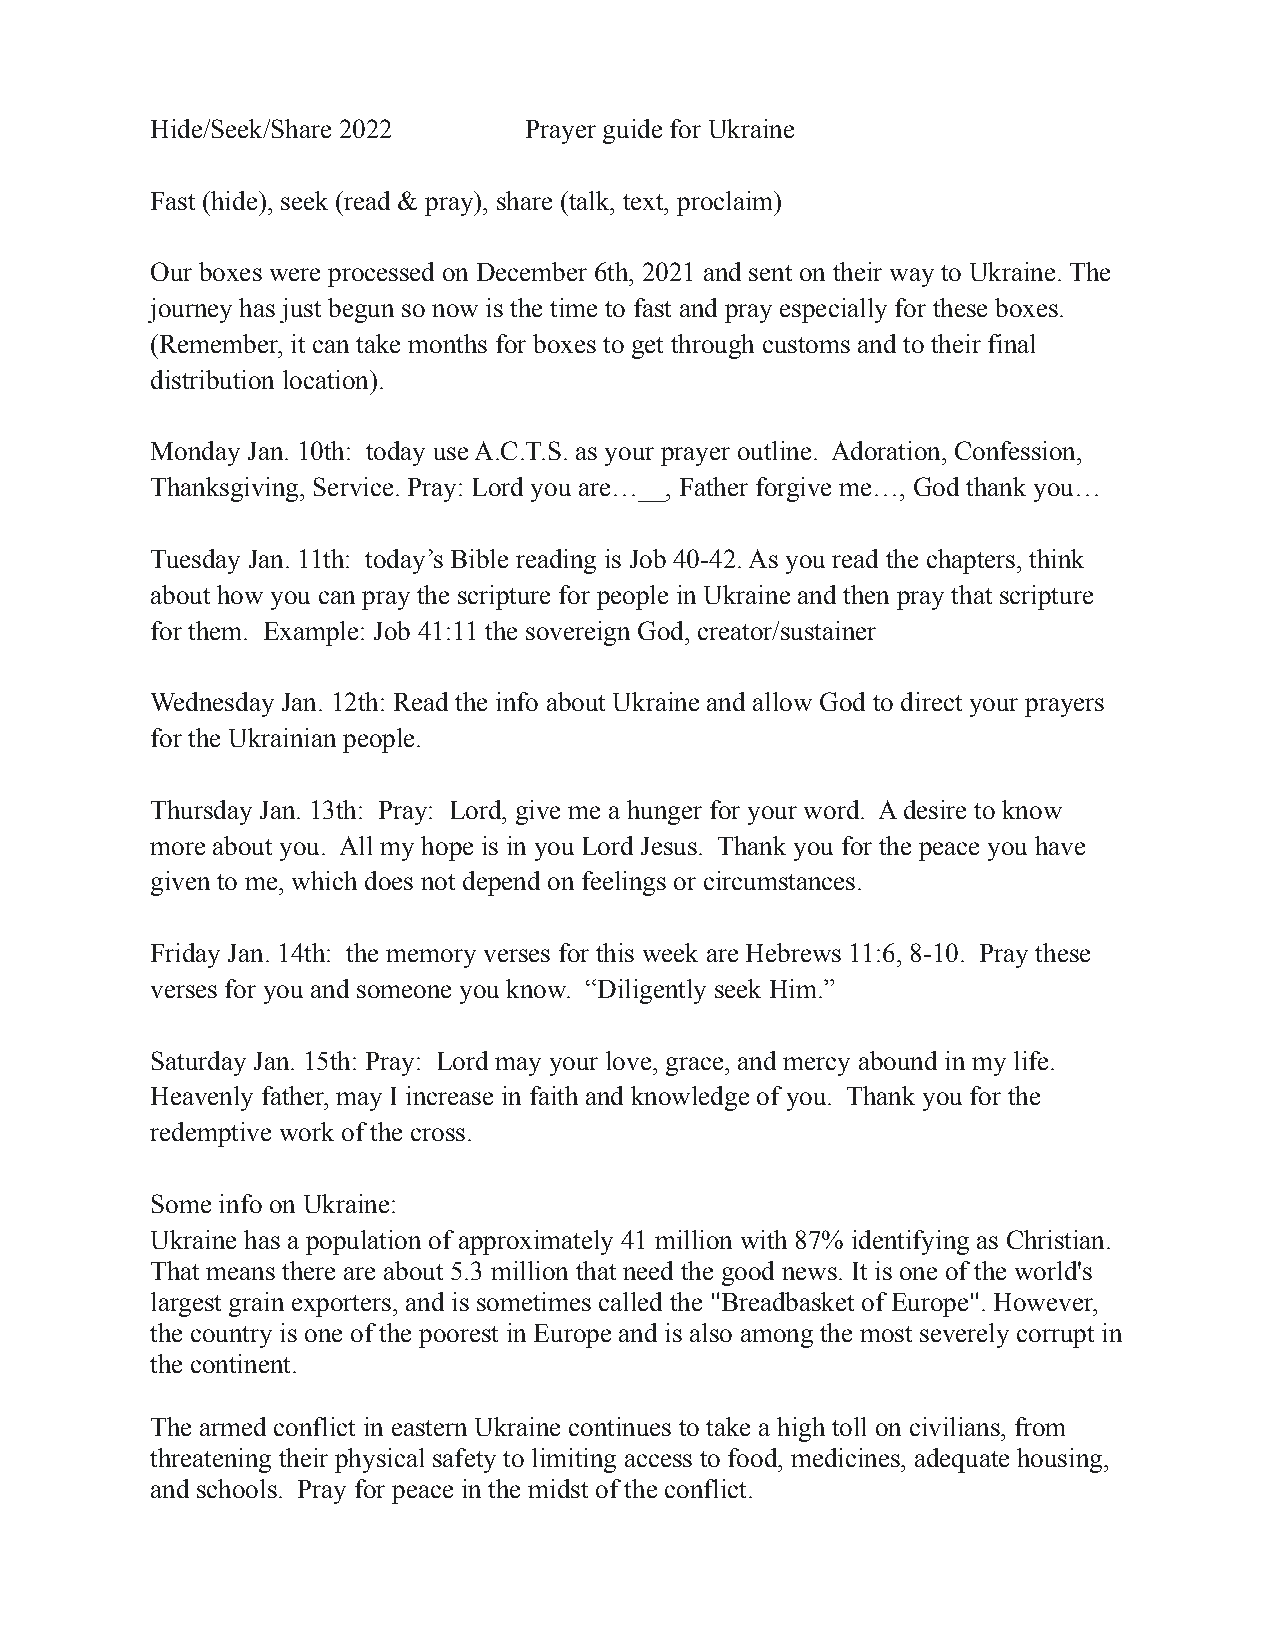
Hide/Seek/Share 2022     Prayer guide for Ukraine
 Fast (hide), seek (read & pray), share (talk, text, proclaim)
 Our boxes were processed on December 6th, 2021 and sent on their way to Ukraine. The
 journey has just begun so now is the time to fast and pray especially for these boxes.
 (Remember, it can take months for boxes to get through customs and to their final
 distribution location).
 Monday Jan. 10th: today use A.C.T.S. as your prayer outline. Adoration, Confession,
 Thanksgiving, Service. Pray: Lord you are…__, Father forgive me…, God thank you…
 Tuesday Jan. 11th: today’s Bible reading is Job 40-42. As you read the chapters, think
 about how you can pray the scripture for people in Ukraine and then pray that scripture
 for them. Example: Job 41:11 the sovereign God, creator/sustainer
 Wednesday Jan. 12th: Read the info about Ukraine and allow God to direct your prayers
 for the Ukrainian people.
 Thursday Jan. 13th: Pray: Lord, give me a hunger for your word. A desire to know
 more about you. All my hope is in you Lord Jesus. Thank you for the peace you have
 given to me, which does not depend on feelings or circumstances.
 Friday Jan. 14th: the memory verses for this week are Hebrews 11:6, 8-10. Pray these
 verses for you and someone you know. “Diligently seek Him.”
 Saturday Jan. 15th: Pray: Lord may your love, grace, and mercy abound in my life.
 Heavenly father, may I increase in faith and knowledge of you. Thank you for the
 redemptive work of the cross.
 Some info on Ukraine:
 Ukraine has a population of approximately 41 million with 87% identifying as Christian.
 That means there are about 5.3 million that need the good news. It is one of the world's
 largest grain exporters, and is sometimes called the "Breadbasket of Europe". However,
 the country is one of the poorest in Europe and is also among the most severely corrupt in
 the continent.
 The armed conflict in eastern Ukraine continues to take a high toll on civilians, from
 threatening their physical safety to limiting access to food, medicines, adequate housing,
 and schools. Pray for peace in the midst of the conflict.